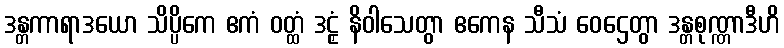
ဒန္တကာရာဒယော သိပ္ပိကေ ဧကံ ဝတ္ထံ ဒဠှံ နိဝါသေတွာ ဧကေန သီသံ ဝေဌေတွာ ဒန္တစုဏ္ဏာဒီဟိ